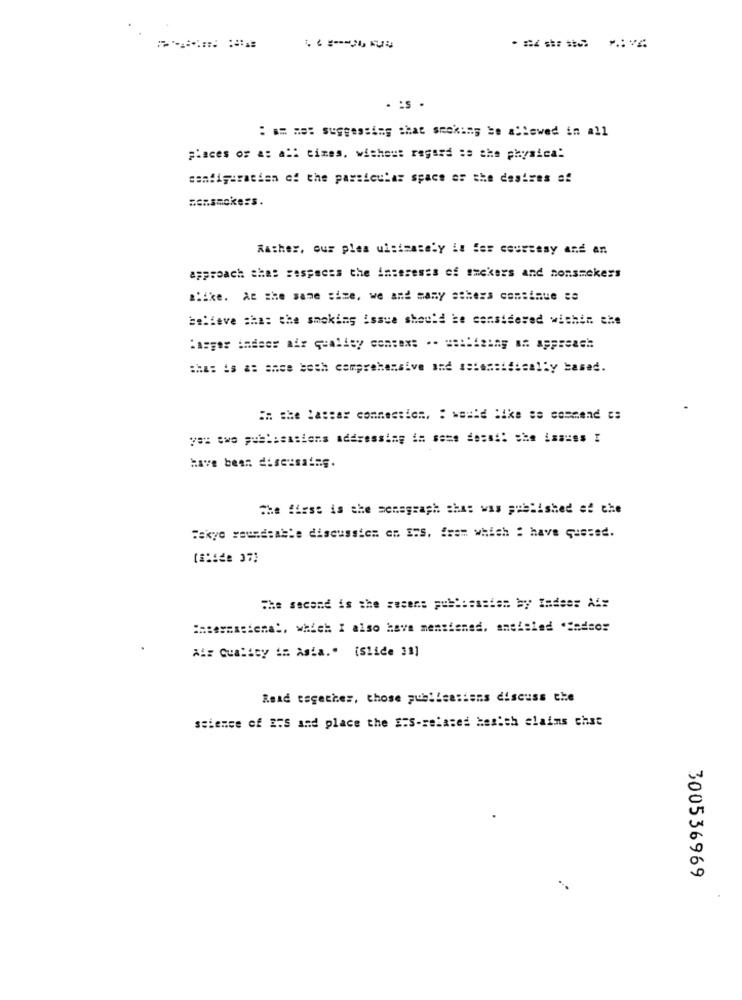
. : S .
:#= me: suggesting that smoking be allowed in all
places of a: a times, without regard :s the physical
configuration of the particular space or the desires af
Rather, our plea ultimately is fer courtesy and an
approach that respects the interests of emckers and nonsmokers
Bike. At the same size, we and many sthers continue ce
believe that the smoking issue should be considered within the
:asger indees air quality contex: .- ==: lizing an approach
:has is a: ance beth comprehensive and astonsidically based.
En she lassar commection, : would like se commend c:
Have been discussing.
The first is the sonagraph shas was published af che
Fakye yeundensle discussion em. S.S. from which : have quesed.
The second is the sesens publicssien by Indes: Ai:
internacional, which I also have mentioned, ancisled 'Sadsor
Air Quality in asia." (Slide 18]
Read together, those publications discuss the
science of ITS and place the E:S-related kesith claims chat
300536969